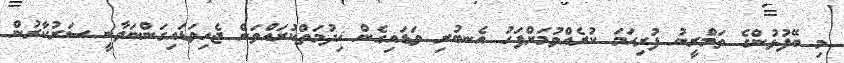
މި ބޭފުޅުންގެ ތަމްރީނު ފުރިހަމަ ކުރެއްވުމަށްފަހު އެނބުރި ވަޑައިގެން ޚިދުމަތްކުރައްވަން ޖެހިވަޑައިގަންނަވާނީ ސަރުކާރުން